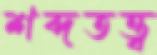
শব্দতত্ত্ব